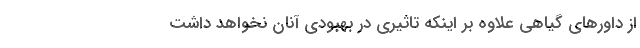
از داورهای گیاهی علاوه بر اینکه تاثیری در بهبودی آنان نخواهد داشت